Vaccine operations Central Provinces 1886-1899 - 1886-1899
Year: 1886
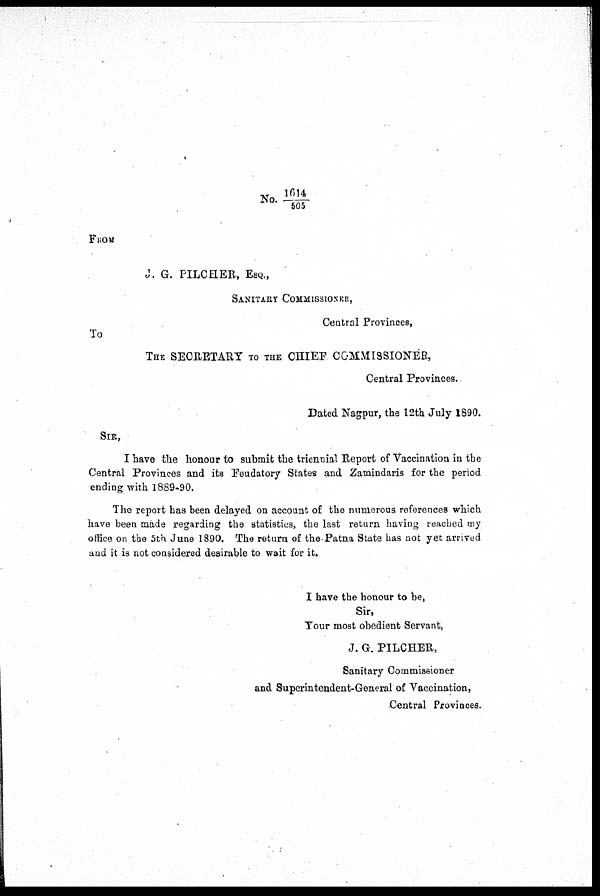
No. 1614/505
FROM
J. G. PILCHER, ESQ.,
SANITARY COMMISSIONER,
Central Provinces,
To
THE SECRETARY TO THE CHIEF COMMISSIONER,
Central Provinces.
Dated Nagpur, the 12th July 1890.
SIR,
I have the honour to submit the triennial Report of Vaccination in the
Central Provinces and its Feudatory States and Zamindaris for the period
ending with 1889-90.
The report has been delayed on account of the numerous references which
have been made regarding the statistics, the last return having reached my
office on the 5th June 1890. The return of the Patna State has not yet arrived
and it is not considered desirable to wait for it.
I have the honour to be,
Sir,
Your most obedient Servant,
J. G. PILCHER,
Sanitary Commissioner
and Superintendent-General of Vaccination,
Central Provinces.